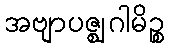
အဗျာပဇ္ဈဂါမိဉ္စ